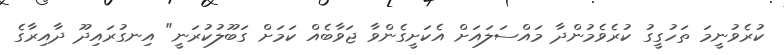
ކުރެވުނީމަ ތަހުގީގު ކުރެވެމުންދާ މައްސަލައަށް އެކަށީގެންވާ ޖަވާބެއް ކަމަށް ގަބޫލުކުރަނީ" އިނގުރައިދޫ ދާއިރާގެ